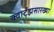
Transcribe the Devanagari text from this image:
क्वार्ट्‌झसारख्या